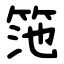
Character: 筂